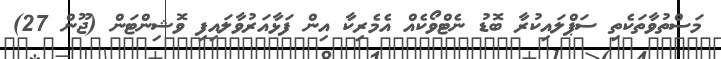
މަސްތުވާތަކެތި ސަޕްލައިކުރާ ބޮޑު ނެޓްވޯކެއް އެމެރިކާ އިން ފަޅާއަރުވާލައިފި ވޮޝިންޓަން (ޖޫން 27)